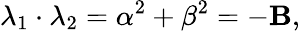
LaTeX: \lambda_{1}\cdot\lambda_{2}=\alpha^{2}+\beta^{2}=-\mathbf{B},